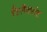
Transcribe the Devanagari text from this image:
रिलैक्संट